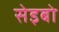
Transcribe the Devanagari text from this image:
सेइबो